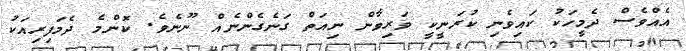
އެއްވެސް ދެމީހަކު ކައިވެނި ކުރަނީކީ ވަރިވާން ނިއަތް ގަނެގެންނެއް ނޫނެވެ. ކޮންމެ ދެމަފިރިއަކު